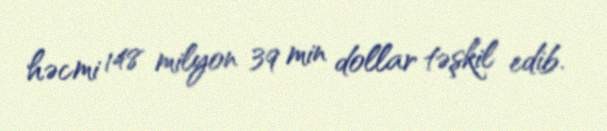
həcmi 148 milyon 39 min dollar təşkil edib.